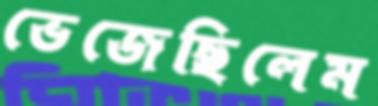
ভেজেছিলেম